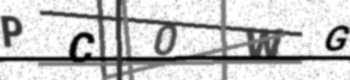
Text: PC0WG